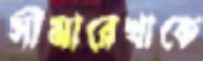
সীমারেখাকে